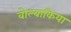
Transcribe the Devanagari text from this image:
वोल्बाकिया